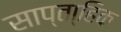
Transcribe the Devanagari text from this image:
साप्ता्हिक